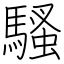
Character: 騷